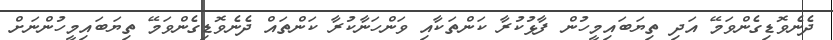
ދެނެވޮޑިގެންވަމޭ އަދި ތިޔަބައިމީހުން ފާޅުކުރާ ކަންތަކާއި ވަންހަނާކުރާ ކަންތައް ދެނެވޮޑިގެންވަމޭ ތިޔަބައިމީހުންނަށް